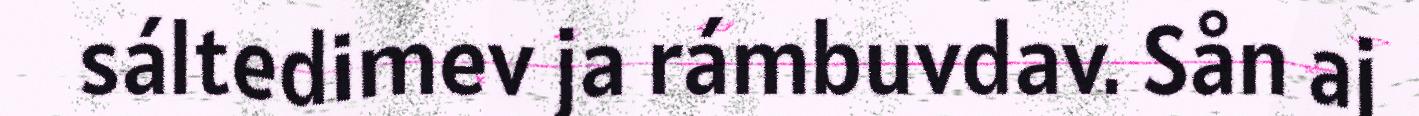
sáltedimev ja rámbuvdav. Sån aj